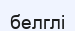
белглі